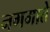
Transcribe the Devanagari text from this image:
नगमाते